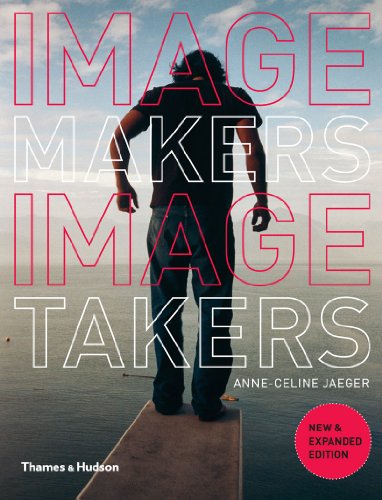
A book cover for Image Makers, Image Takers (Second Edition); Anne-Celine Jaeger; Arts & Photography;